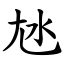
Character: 㝽